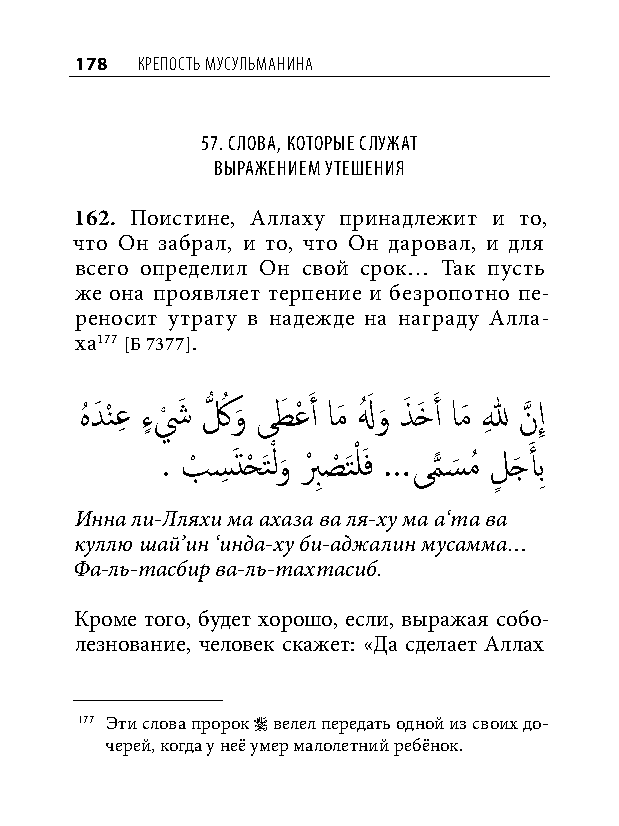
178 КреПость мусульманина
 57. Слова, которые Служат
 выражением утешения
 162. Поистине, Аллаху принадлежит и то,
 что Он забрал, и то, что Он даровал, и для
 всего определил Он свой срок… Так пусть
 же она проявляет терпение и безропотно пе-
 реносит утрату в надежде на награду Алла-
 ха177 [Б 7377].
 هُ دَ نْ عِ ءٍ ش
 ْ
 َ كُّ ُ و
 َ
 ىطَ عْ َ أ امَ لهُ َ و
 َ
 ذَ خَ َ أ امَ للهِ نَّذ إِ
 . بْ سِ َتحْ َتْ لو
 َ
 بْ ِصْ َتْ لَف …ىم
 ًّا
 س
 َ
 مُ لٍ جَ أَ بِ
 Инна ли-Лляхи ма ахаза ва ля-ху ма а‘та ва
 куллю шай’ин ‘инда-ху би-аджалин мусамма…
 Фа-ль-тасбир ва-ль-тахтасиб.
 Кроме того, будет хорошо, если, выражая собо-
 лезнование, человек скажет: «Да сделает Аллах
 177 Эти слова пророк  велел передать одной из своих до-
 черей, когда у неё умер малолетний ребёнок.